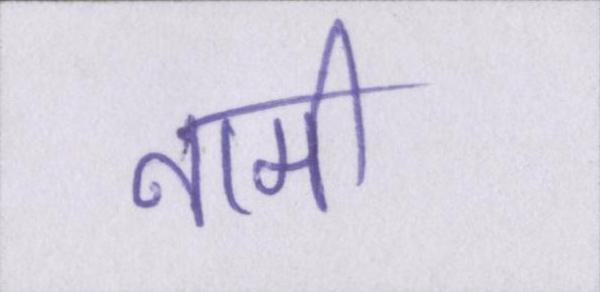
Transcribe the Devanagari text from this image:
नामी